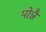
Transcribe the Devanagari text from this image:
पोन्नै